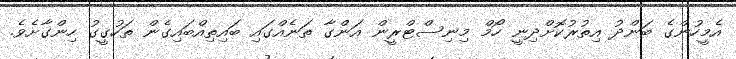
އެމީހުންގެ ބަންދު އިތުރުކޮށްދިނީ ހޯމް މިނިސްޓްރީން އަންގާ ތަނެއްގައި ބައިތިއްބައިގެން ތަހުގީގު ހިންގާށެވެ.